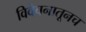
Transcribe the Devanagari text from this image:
विवेचनातूनच